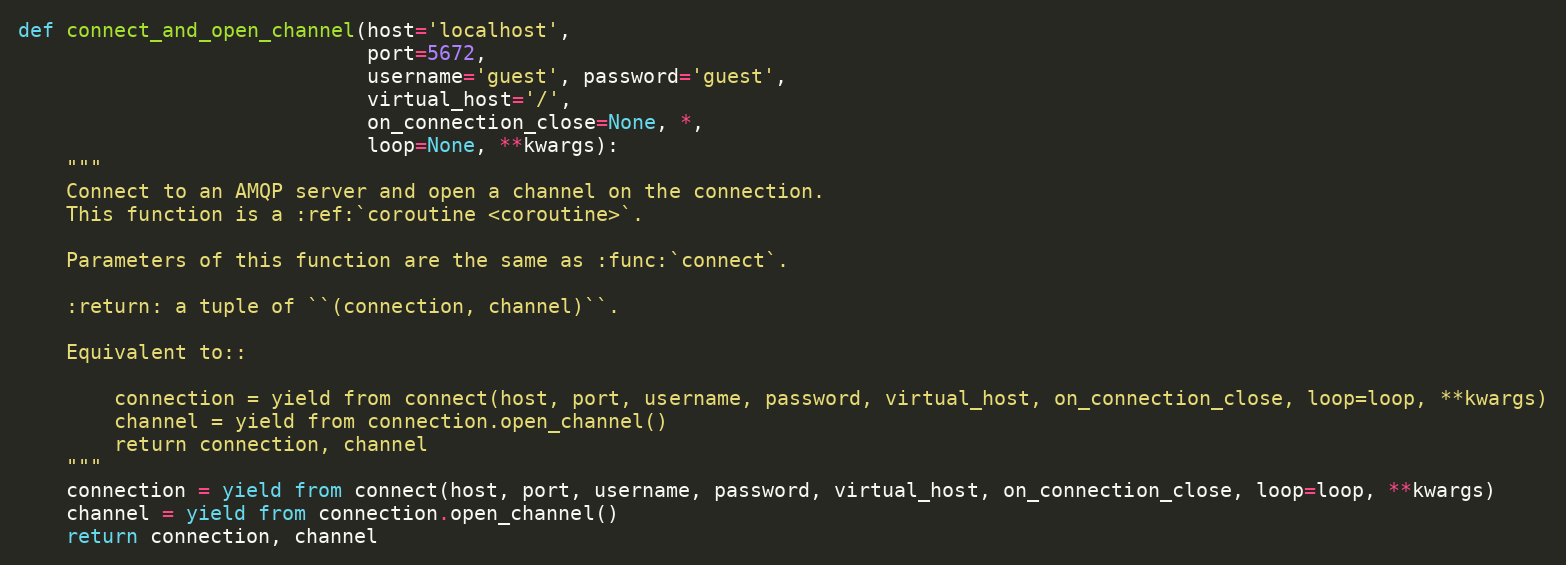
Language: Python
def connect_and_open_channel(host='localhost',
                             port=5672,
                             username='guest', password='guest',
                             virtual_host='/',
                             on_connection_close=None, *,
                             loop=None, **kwargs):
    """
    Connect to an AMQP server and open a channel on the connection.
    This function is a :ref:`coroutine <coroutine>`.

    Parameters of this function are the same as :func:`connect`.

    :return: a tuple of ``(connection, channel)``.

    Equivalent to::

        connection = yield from connect(host, port, username, password, virtual_host, on_connection_close, loop=loop, **kwargs)
        channel = yield from connection.open_channel()
        return connection, channel
    """
    connection = yield from connect(host, port, username, password, virtual_host, on_connection_close, loop=loop, **kwargs)
    channel = yield from connection.open_channel()
    return connection, channel